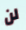
لن